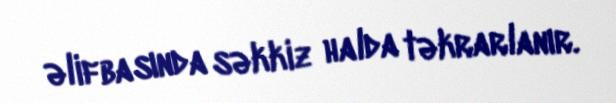
əlifbasında səkkiz halda təkrarlanır.